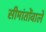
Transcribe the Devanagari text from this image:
सीमांतोंवाले